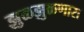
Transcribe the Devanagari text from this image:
झुळझुळणारा